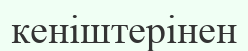
кеніштерінен